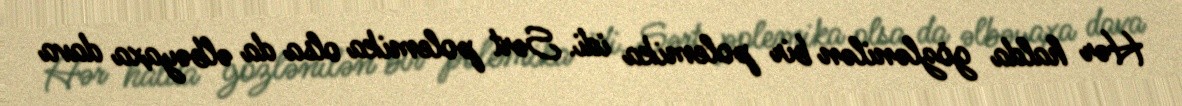
Hər halda gözlənilən bir polemika idi. Sərt polemika olsa da əlbəyaxa dava